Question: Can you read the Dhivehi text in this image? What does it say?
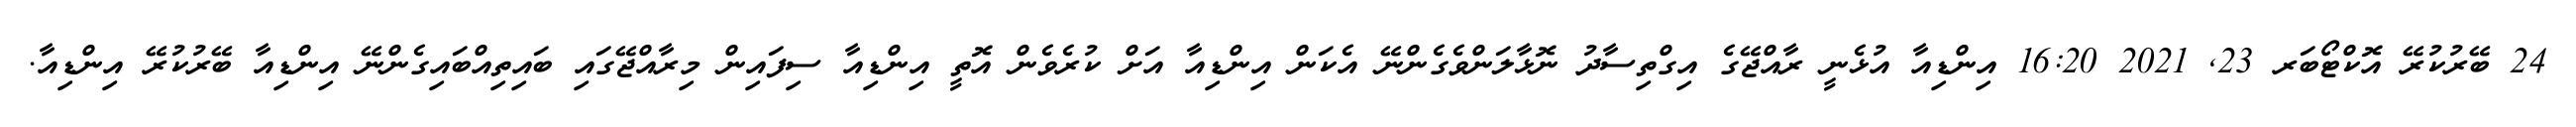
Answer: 24 ބޭރުކުރޭ އޮކްޓޯބަރ 23, 2021 16:20 އިންޑިއާ އުޅެނީ ރާއްޖޭގެ އިގްތިސާދު ނޮޅާލަންވެގެންނޭ އެކަން އިންޑިއާ އަށް ކުރެވެން އޮތީ އިންޑިއާ ސިފައިން މިރާއްޖޭގައި ބައިތިއްބައިގެންނޭ އިންޑިއާ ބޭރުކުރޭ އިންޑިއާ.